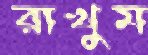
রাখুম